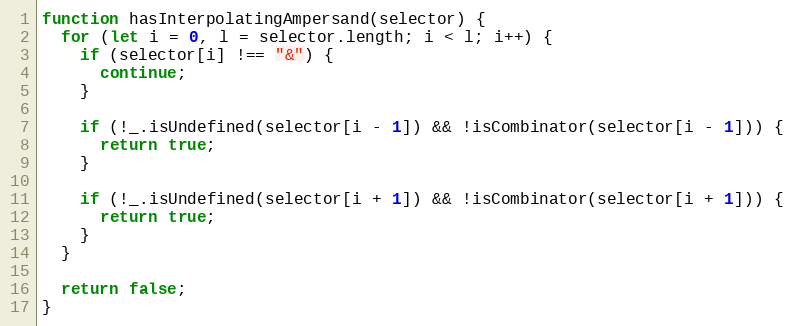
Language: JavaScript
function hasInterpolatingAmpersand(selector) {
  for (let i = 0, l = selector.length; i < l; i++) {
    if (selector[i] !== "&") {
      continue;
    }

    if (!_.isUndefined(selector[i - 1]) && !isCombinator(selector[i - 1])) {
      return true;
    }

    if (!_.isUndefined(selector[i + 1]) && !isCombinator(selector[i + 1])) {
      return true;
    }
  }

  return false;
}